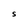
Character: S